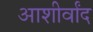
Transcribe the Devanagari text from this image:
आशीर्वांद